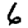
Digit: 6